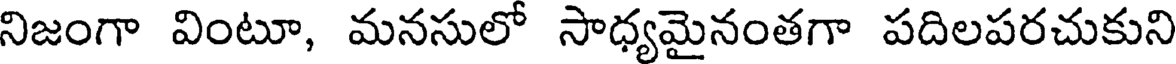
నిజంగా వింటూ, మనసులో సాధ్యమైనంతగా పదిలపరచుకుని